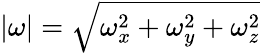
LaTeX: |\omega|=\sqrt{\omega_{x}^{2}+\omega_{y}^{2}+\omega_{z}^{2}}